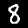
Digit: 8